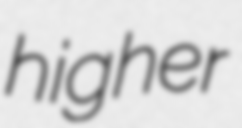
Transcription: higher